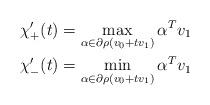
LaTeX: \begin{align*}\chi^{\prime}_+(t) &= \max_{\alpha\in\partial\rho(v_0+tv_1)} \alpha^Tv_1 \\ \chi^{\prime}_-(t) &= \min_{\alpha\in\partial\rho(v_0+tv_1)} \alpha^Tv_1 \end{align*}